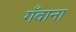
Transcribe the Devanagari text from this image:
गँवाना